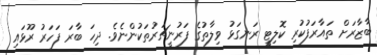
ބާޒާރަށް ތައާރަފުކުރި ކޮލިޓީ ރަނގަޅު ވިލާތުގެ ފަރުނީޗަރުތަކުންނެވެ. ދިހަ ބާރަ ފަހަރު ރޫޅައި